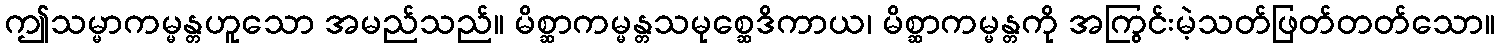
ဤသမ္မာကမ္မန္တဟူသော အမည်သည်။ မိစ္ဆာကမ္မန္တသမုစ္ဆေဒိကာယ၊ မိစ္ဆာကမ္မန္တကို အကြွင်းမဲ့သတ်ဖြတ်တတ်သော။